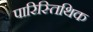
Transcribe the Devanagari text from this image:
पारिस्तिथिक